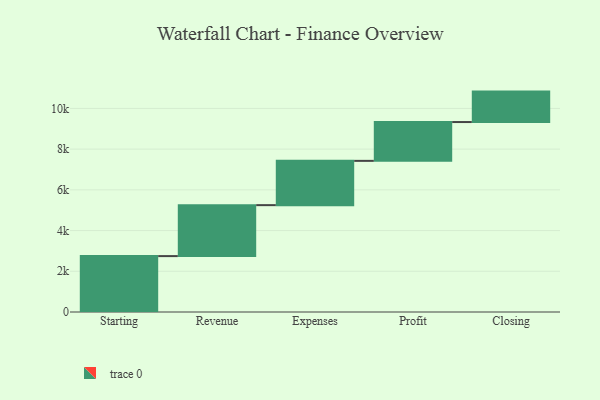
{"axis": {"x": "Step", "y": "Value"}, "legend": [""], "data": [{"x": "Starting", "y": 2746.0, "type": ""}, {"x": "Revenue", "y": 2503.0, "type": ""}, {"x": "Expenses", "y": 2175.0, "type": ""}, {"x": "Profit", "y": 1907.0, "type": ""}, {"x": "Closing", "y": 1495.0, "type": ""}]}